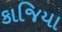
કાજિયા